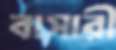
বাসারী